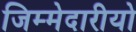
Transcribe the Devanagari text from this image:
जिम्मेदारीयो